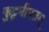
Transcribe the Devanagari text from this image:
कुट्टनीपतम्